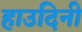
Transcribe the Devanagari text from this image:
हाउदिनी